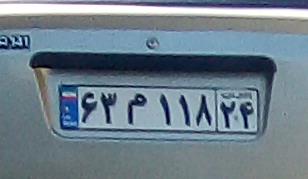
۶۳م۱۱۸۲۴